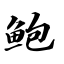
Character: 鲍